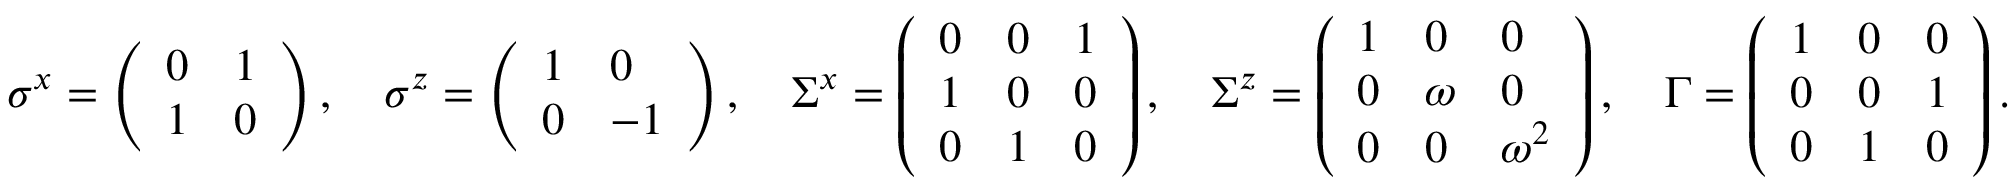
\begin{array} { r } { \sigma ^ { x } = \left( \begin{array} { l l } { 0 } & { 1 } \\ { 1 } & { 0 } \end{array} \right) , \quad \sigma ^ { z } = \left( \begin{array} { l l } { 1 } & { 0 } \\ { 0 } & { - 1 } \end{array} \right) , \quad \Sigma ^ { x } = \left( \begin{array} { l l l } { 0 } & { 0 } & { 1 } \\ { 1 } & { 0 } & { 0 } \\ { 0 } & { 1 } & { 0 } \end{array} \right) , \quad \Sigma ^ { z } = \left( \begin{array} { l l l } { 1 } & { 0 } & { 0 } \\ { 0 } & { \omega } & { 0 } \\ { 0 } & { 0 } & { \omega ^ { 2 } } \end{array} \right) , \quad \Gamma = \left( \begin{array} { l l l } { 1 } & { 0 } & { 0 } \\ { 0 } & { 0 } & { 1 } \\ { 0 } & { 1 } & { 0 } \end{array} \right) . } \end{array}